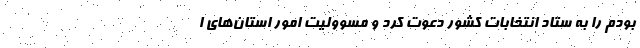
بودم را به ستاد انتخابات کشور دعوت کرد و مسوولیت امور استان‌های ا